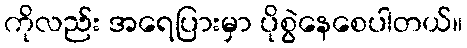
ကိုလည်း အရေပြားမှာ ပိုစွဲနေစေပါတယ်။